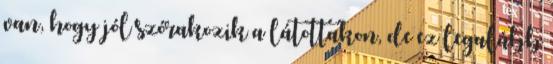
van, hogy jól szórakozik a látottakon, de ez legalább